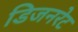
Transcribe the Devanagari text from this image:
डिजनरेट